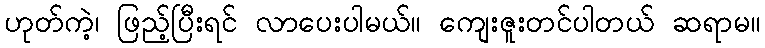
ဟုတ်ကဲ့၊ ဖြည့်ပြီးရင် လာပေးပါမယ်။ ကျေးဇူးတင်ပါတယ် ဆရာမ။